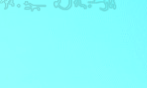
محل بيع الزهور: أزهار طاز